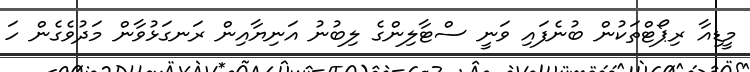
މީޑިއާ ރިޕޯޓްތަކުން ބުނެފައި ވަނީ ސްޓާލިންގެ ލިބުނު އަނިޔާއިން ރަނގަޅުވާން މަދުވެގެން ހަ